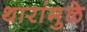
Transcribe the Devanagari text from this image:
थारांमुळे